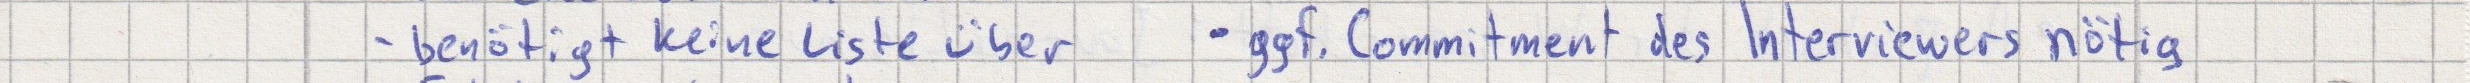
- benötigt keine Liste über    - ggf. Commitment des Interviewers nötig